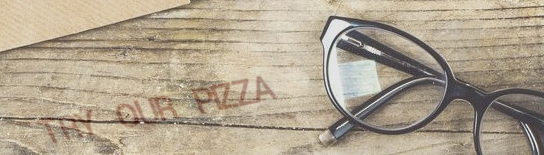
TRY OUR PIZZA